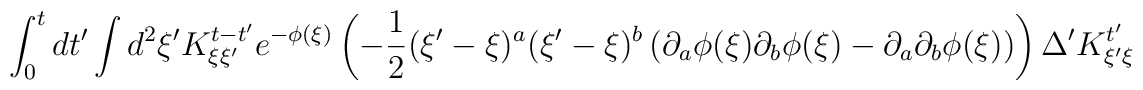
\int_{0}^{t}dt^{\prime}\int d^{2}\xi^{\prime}K^{t-t^{\prime}}_{\xi\xi^{\prime}}e^{-\phi(\xi)}\left(-\frac{1}{2}(\xi^{\prime}-\xi)^{a}(\xi^{\prime}-\xi)^{b}\left(\partial_{a}\phi(\xi)\partial_{b}\phi(\xi)-\partial_{a}\partial_{b}\phi(\xi)\right)\right)\Delta^{\prime}K^{t^{\prime}}_{\xi^{\prime}\xi}